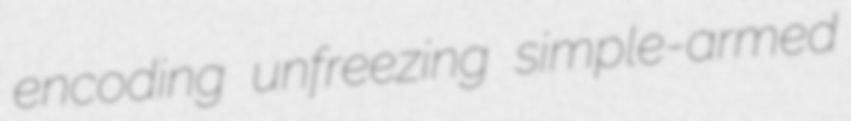
encoding unfreezing simple-armed